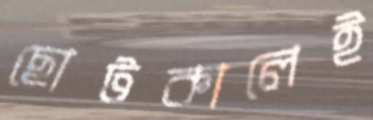
ছোটকালেই